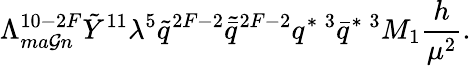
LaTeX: \Lambda_{ma\mathcal{G}n}^{10-2F}\tilde{{Y}}^{11}\lambda^{5}\tilde{{q}}^{2F-2}\tilde{{\bar{{q}}}}^{2F-2}q^{*\; 3}\bar{{q}}^{*\; 3}M_{1}\frac{{h}}{{\mu^{2}}}.